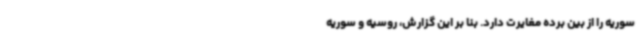
سوریه را از بین برده مغایرت دارد. بنا بر این گزارش، روسیه و سوریه